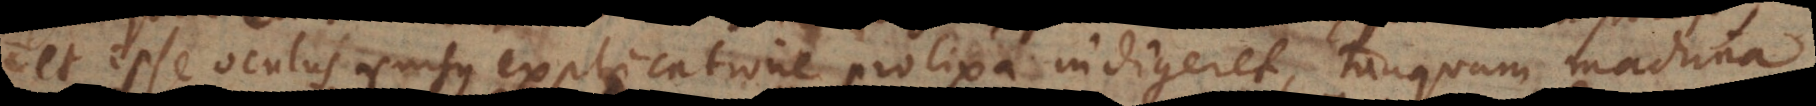
et ipse oculus rursus explicatione prolixa indigeret, tanquam machina